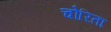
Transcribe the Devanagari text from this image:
चोरिता